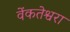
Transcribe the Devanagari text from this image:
वेंकतेश्वरा